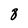
Character: 8